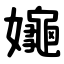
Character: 䶯